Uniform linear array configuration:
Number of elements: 16
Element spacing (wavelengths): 0.5
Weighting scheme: hann
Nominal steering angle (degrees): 60
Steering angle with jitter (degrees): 58.123
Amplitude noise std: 0.05
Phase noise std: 0.05

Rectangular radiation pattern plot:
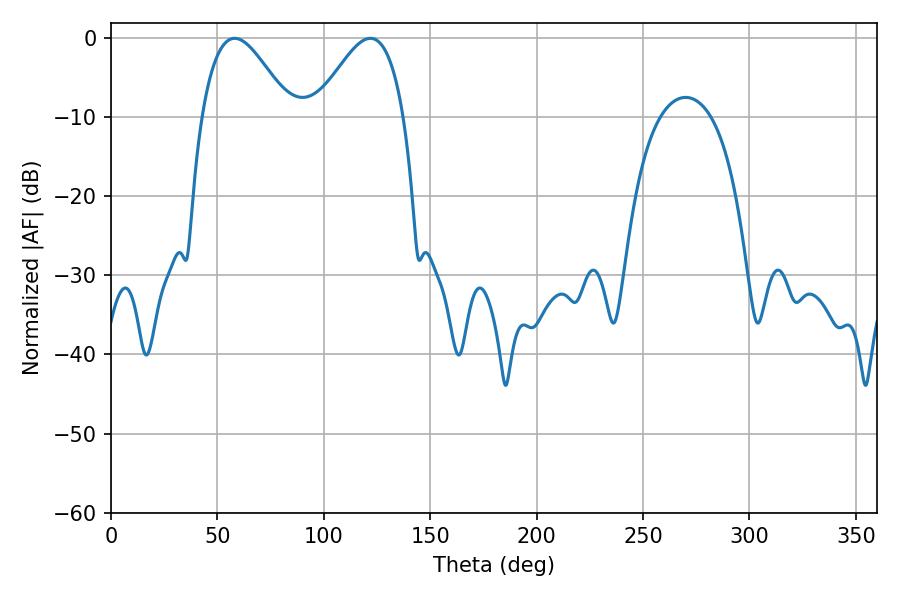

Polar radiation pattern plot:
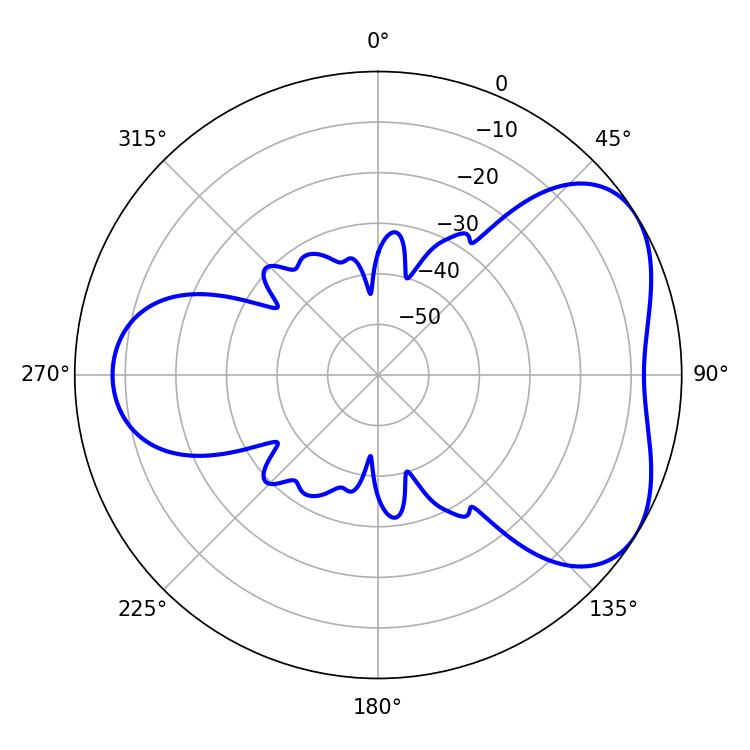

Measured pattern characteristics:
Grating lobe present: FALSE
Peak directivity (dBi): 4.676
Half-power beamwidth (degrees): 22.32
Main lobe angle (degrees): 58.14